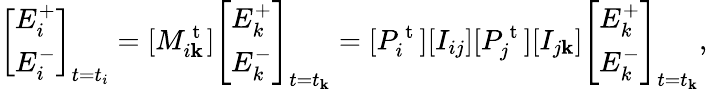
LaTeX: \left[\begin{array}{l}{E_{i}^{+}}\\ {E_{i}^{-}}\end{array}\right]_{t=t_{i}}=[M_{i\mathbf{k}}^{\mathrm{{~t~}}}]\left[\begin{array}{l}{E_{k}^{+}}\\ {E_{k}^{-}}\end{array}\right]_{t=t_{\mathbf{k}}}=[P_{i}^{\mathrm{{~t~}}}][I_{ij}][P_{j}^{\mathrm{{~t~}}}][I_{j\mathbf{k}}]\left[\begin{array}{l}{E_{k}^{+}}\\ {E_{k}^{-}}\end{array}\right]_{t=t_{\mathbf{k}}},